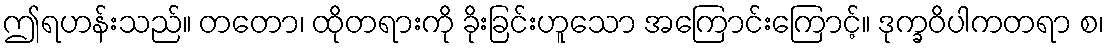
ဤရဟန်းသည်။ တတော၊ ထိုတရားကို ခိုးခြင်းဟူသော အကြောင်းကြောင့်။ ဒုက္ခဝိပါကတရာ စ၊